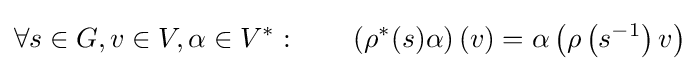
\forall s\in G,v\in V,\alpha \in V^{*}:\qquad \left(\rho ^{*}(s)\alpha \right)(v)=\alpha \left(\rho \left(s^{-1}\right)v\right)